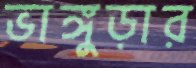
ভাঙ্গুড়ার